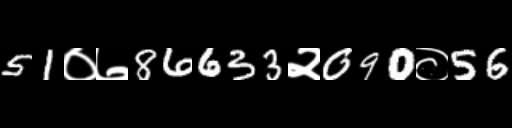
Text: 51०७86633२090०56